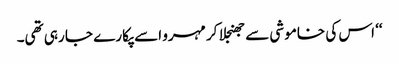
‘‘ اس کی خاموشی سے جھنجلا کر مہرو اسے پکارے جا رہی تھی۔